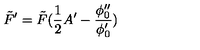
\tilde { F } ^ { \prime } = \tilde { F } ( \frac { 1 } { 2 } A ^ { \prime } - \frac { \phi _ { 0 } ^ { \prime \prime } } { \phi _ { 0 } ^ { \prime } } )